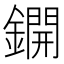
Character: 鐦